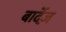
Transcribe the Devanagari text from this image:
बार्देज़